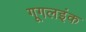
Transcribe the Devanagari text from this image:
गूगलइंक